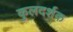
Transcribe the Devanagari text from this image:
कुलदर्शक